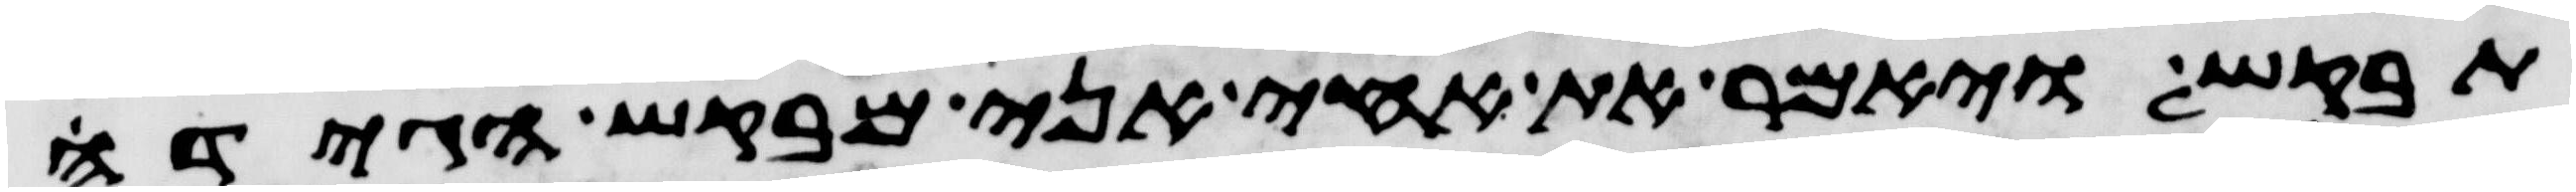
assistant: תבקש ויאמר את אחי אני מבקש הגידה